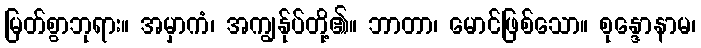
မြတ်စွာဘုရား။ အမှာကံ၊ အကျွန်ုပ်တို့၏။ ဘာတာ၊ မောင်ဖြစ်သော။ စုန္ဒောနာမ၊